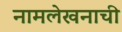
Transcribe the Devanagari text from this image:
नामलेखनाची